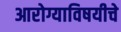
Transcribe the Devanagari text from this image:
आरोग्याविषयीचे